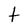
Character: t